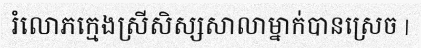
រំលោភក្មេងស្រីសិស្សសាលាម្នាក់បានស្រេច |